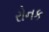
રોનક